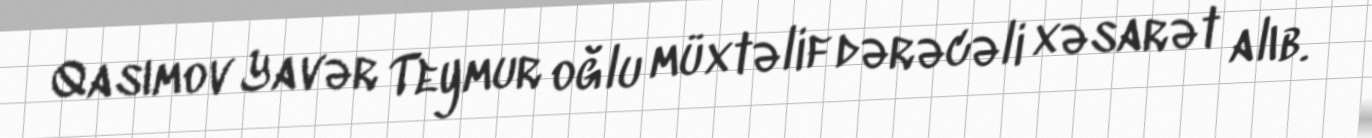
Qasımov Yavər Teymur oğlu müxtəlif dərəcəli xəsarət alıb.